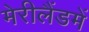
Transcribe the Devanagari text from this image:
मेरीलैंडमें